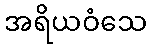
အရိယဝံသေ